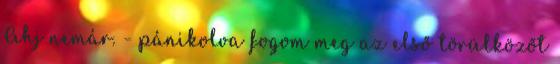
Ahj nemár. - pánikolva fogom meg az első törülközőt